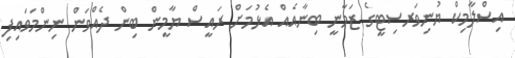
އިސްލާމިކް ޔުނިވަރސިޓީގެ ޒަމާނީ ބިނާއެއް އެޅުމަށް ރައީސް ޔާމީން ބިން ދެއްވަން ނިންމަވައިފި